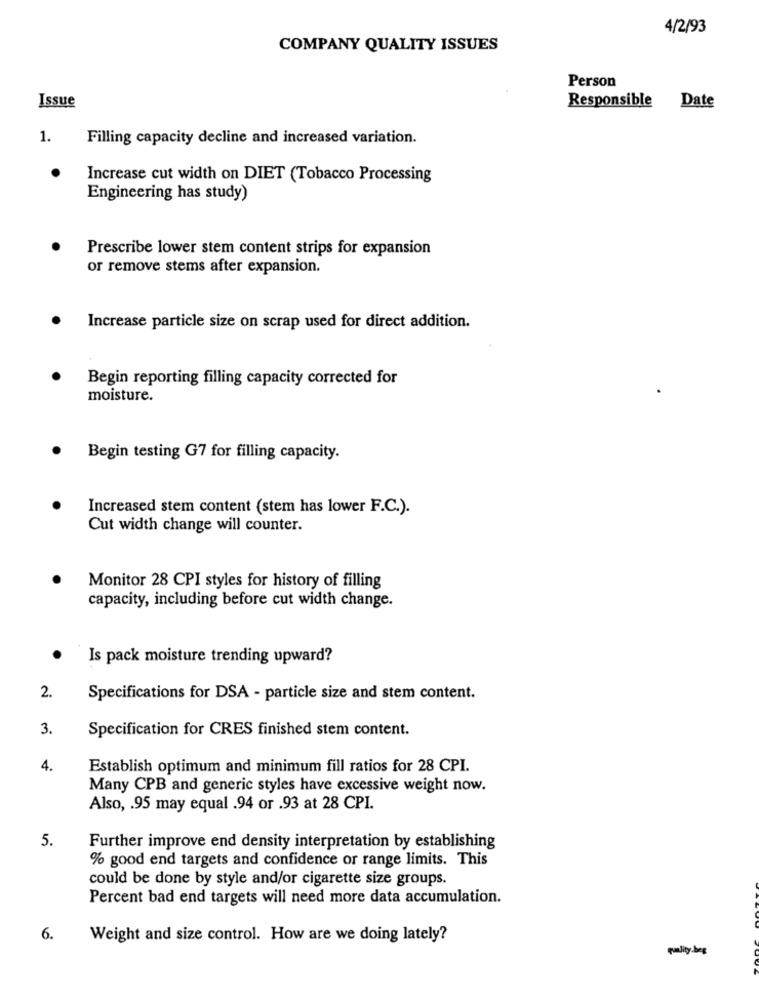
4/2/93
COMPANY QUALITY ISSUES
Person
Issue
Responsible Date
1.
Filling capacity decline and increased variation.
Increase cut width on DIET (Tobacco Processing
Engineering has study)
Prescribe lower stem content strips for expansion
or remove stems after expansion.
Increase particle size on scrap used for direct addition.
Begin reporting filling capacity corrected for
moisture.
Begin testing G7 for filling capacity.
Increased stem content (stem has lower F.C.).
Cut width change will counter.
Monitor 28 CPI styles for history of filling
capacity, including before cut width change.
Is pack moisture trending upward?
2.
Specifications for DSA - particle size and stem content.
3.
Specification for CRES finished stem content.
4.
Establish optimum and minimum fill ratios for 28 CPI.
Many CPB and generic styles have excessive weight now.
Also, . 95 may equal .94 or .93 at 28 CPI.
5.
Further improve end density interpretation by establishing
% good end targets and confidence or range limits. This
could be done by style and/or cigarette size groups.
Percent bad end targets will need more data accumulation.
6.
Weight and size control. How are we doing lately?
quality-beg